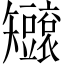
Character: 𥐐